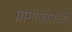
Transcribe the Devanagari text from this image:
ग्रामोफोनाची